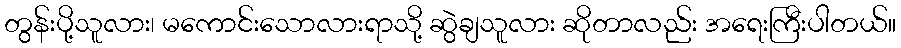
တွန်းပို့သူလား၊ မကောင်းသောလားရာသို့ ဆွဲချသူလား ဆိုတာလည်း အရေးကြီးပါတယ်။